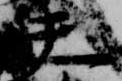
夫